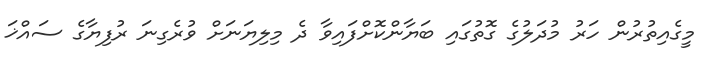
މީގެއިތުރުން ހަރު މުދަލުގެ ގޮތުގައި ބަޔާންކޮށްފައިވާ ދެ މިލިޔަނަށް ވުރެގިނަ ރުފިޔާގެ ސައްޚަ